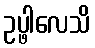
ဥပ္ဖါလေသိ